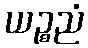
ယဉ္စညံ